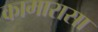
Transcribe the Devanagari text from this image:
कामारासा